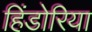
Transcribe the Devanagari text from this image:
हिंडोरिया